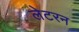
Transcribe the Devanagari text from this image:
लेटरन